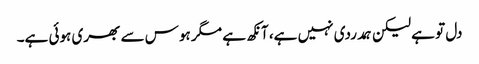
دل تو ہے لیکن ہمدردی نہیں ہے، آنکھ ہے مگر ہوس سے بھری ہوئی ہے۔